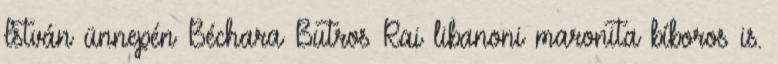
István ünnepén Béchara Butros Rai libanoni maronita bíboros is.